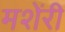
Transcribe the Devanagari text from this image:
मशेंरी